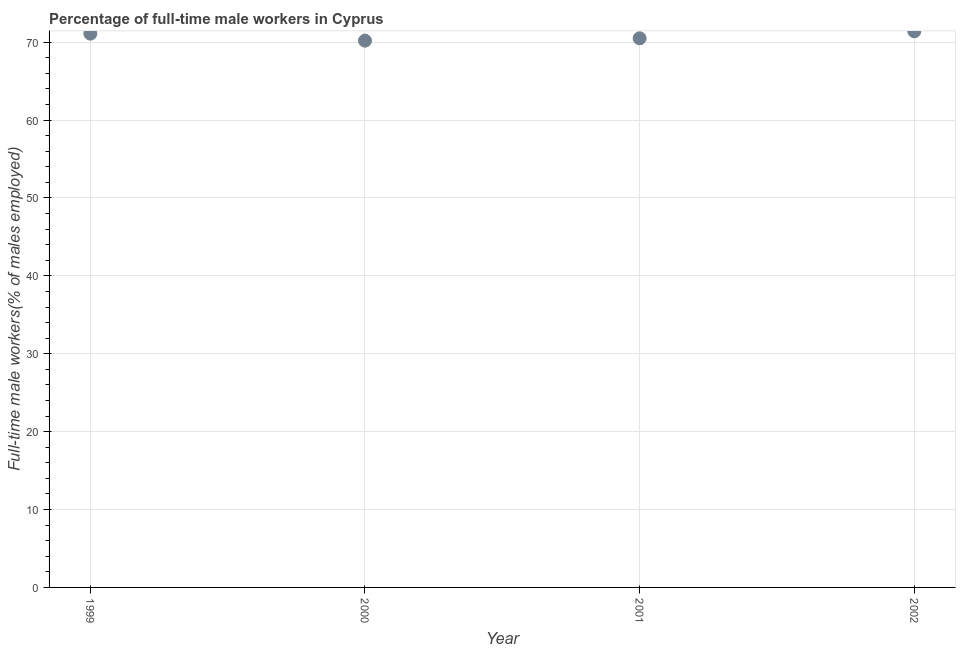
| Year | Wage and salary workers |
 | --- | --- |
 | 1999 | 71.1 |
 | 2000 | 70.2 |
 | 2001 | 70.5 |
 | 2002 | 71.4 |